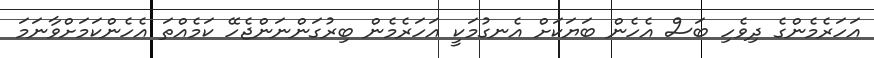
އަހަރެމެންގެ ދިވެހި ބަސް އެހެން ބަޔަކަށް އެނގުމަކީ އަހަރެމެން ބިރުގަންނަންޖެހޭ ކަމެއްތަ އެހެންކަމަށްވާނަމަ